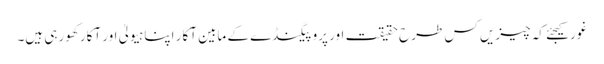
غور کیجئے کہ چیزیں کس طرح حقیقت اور پروپیگنڈے کے مابین آکار اپنا ہیولیٰ اور آکار کھورہی ہیں۔